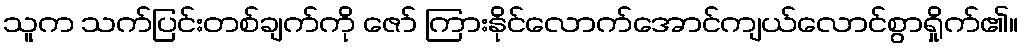
သူက သက်ပြင်းတစ်ချက်ကို ဇော် ကြားနိုင်လောက်အောင်ကျယ်လောင်စွာရှိုက်၏။